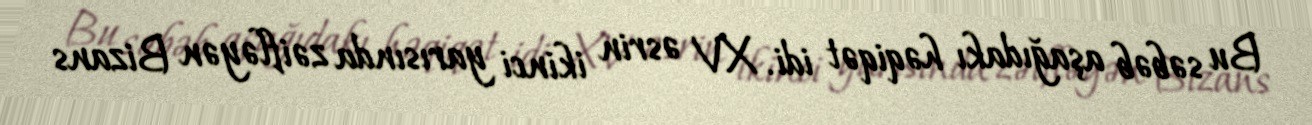
Bu səbəb aşağıdakı həqiqət idi. XV əsrin ikinci yarısında zəifləyən Bizans